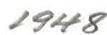
1948